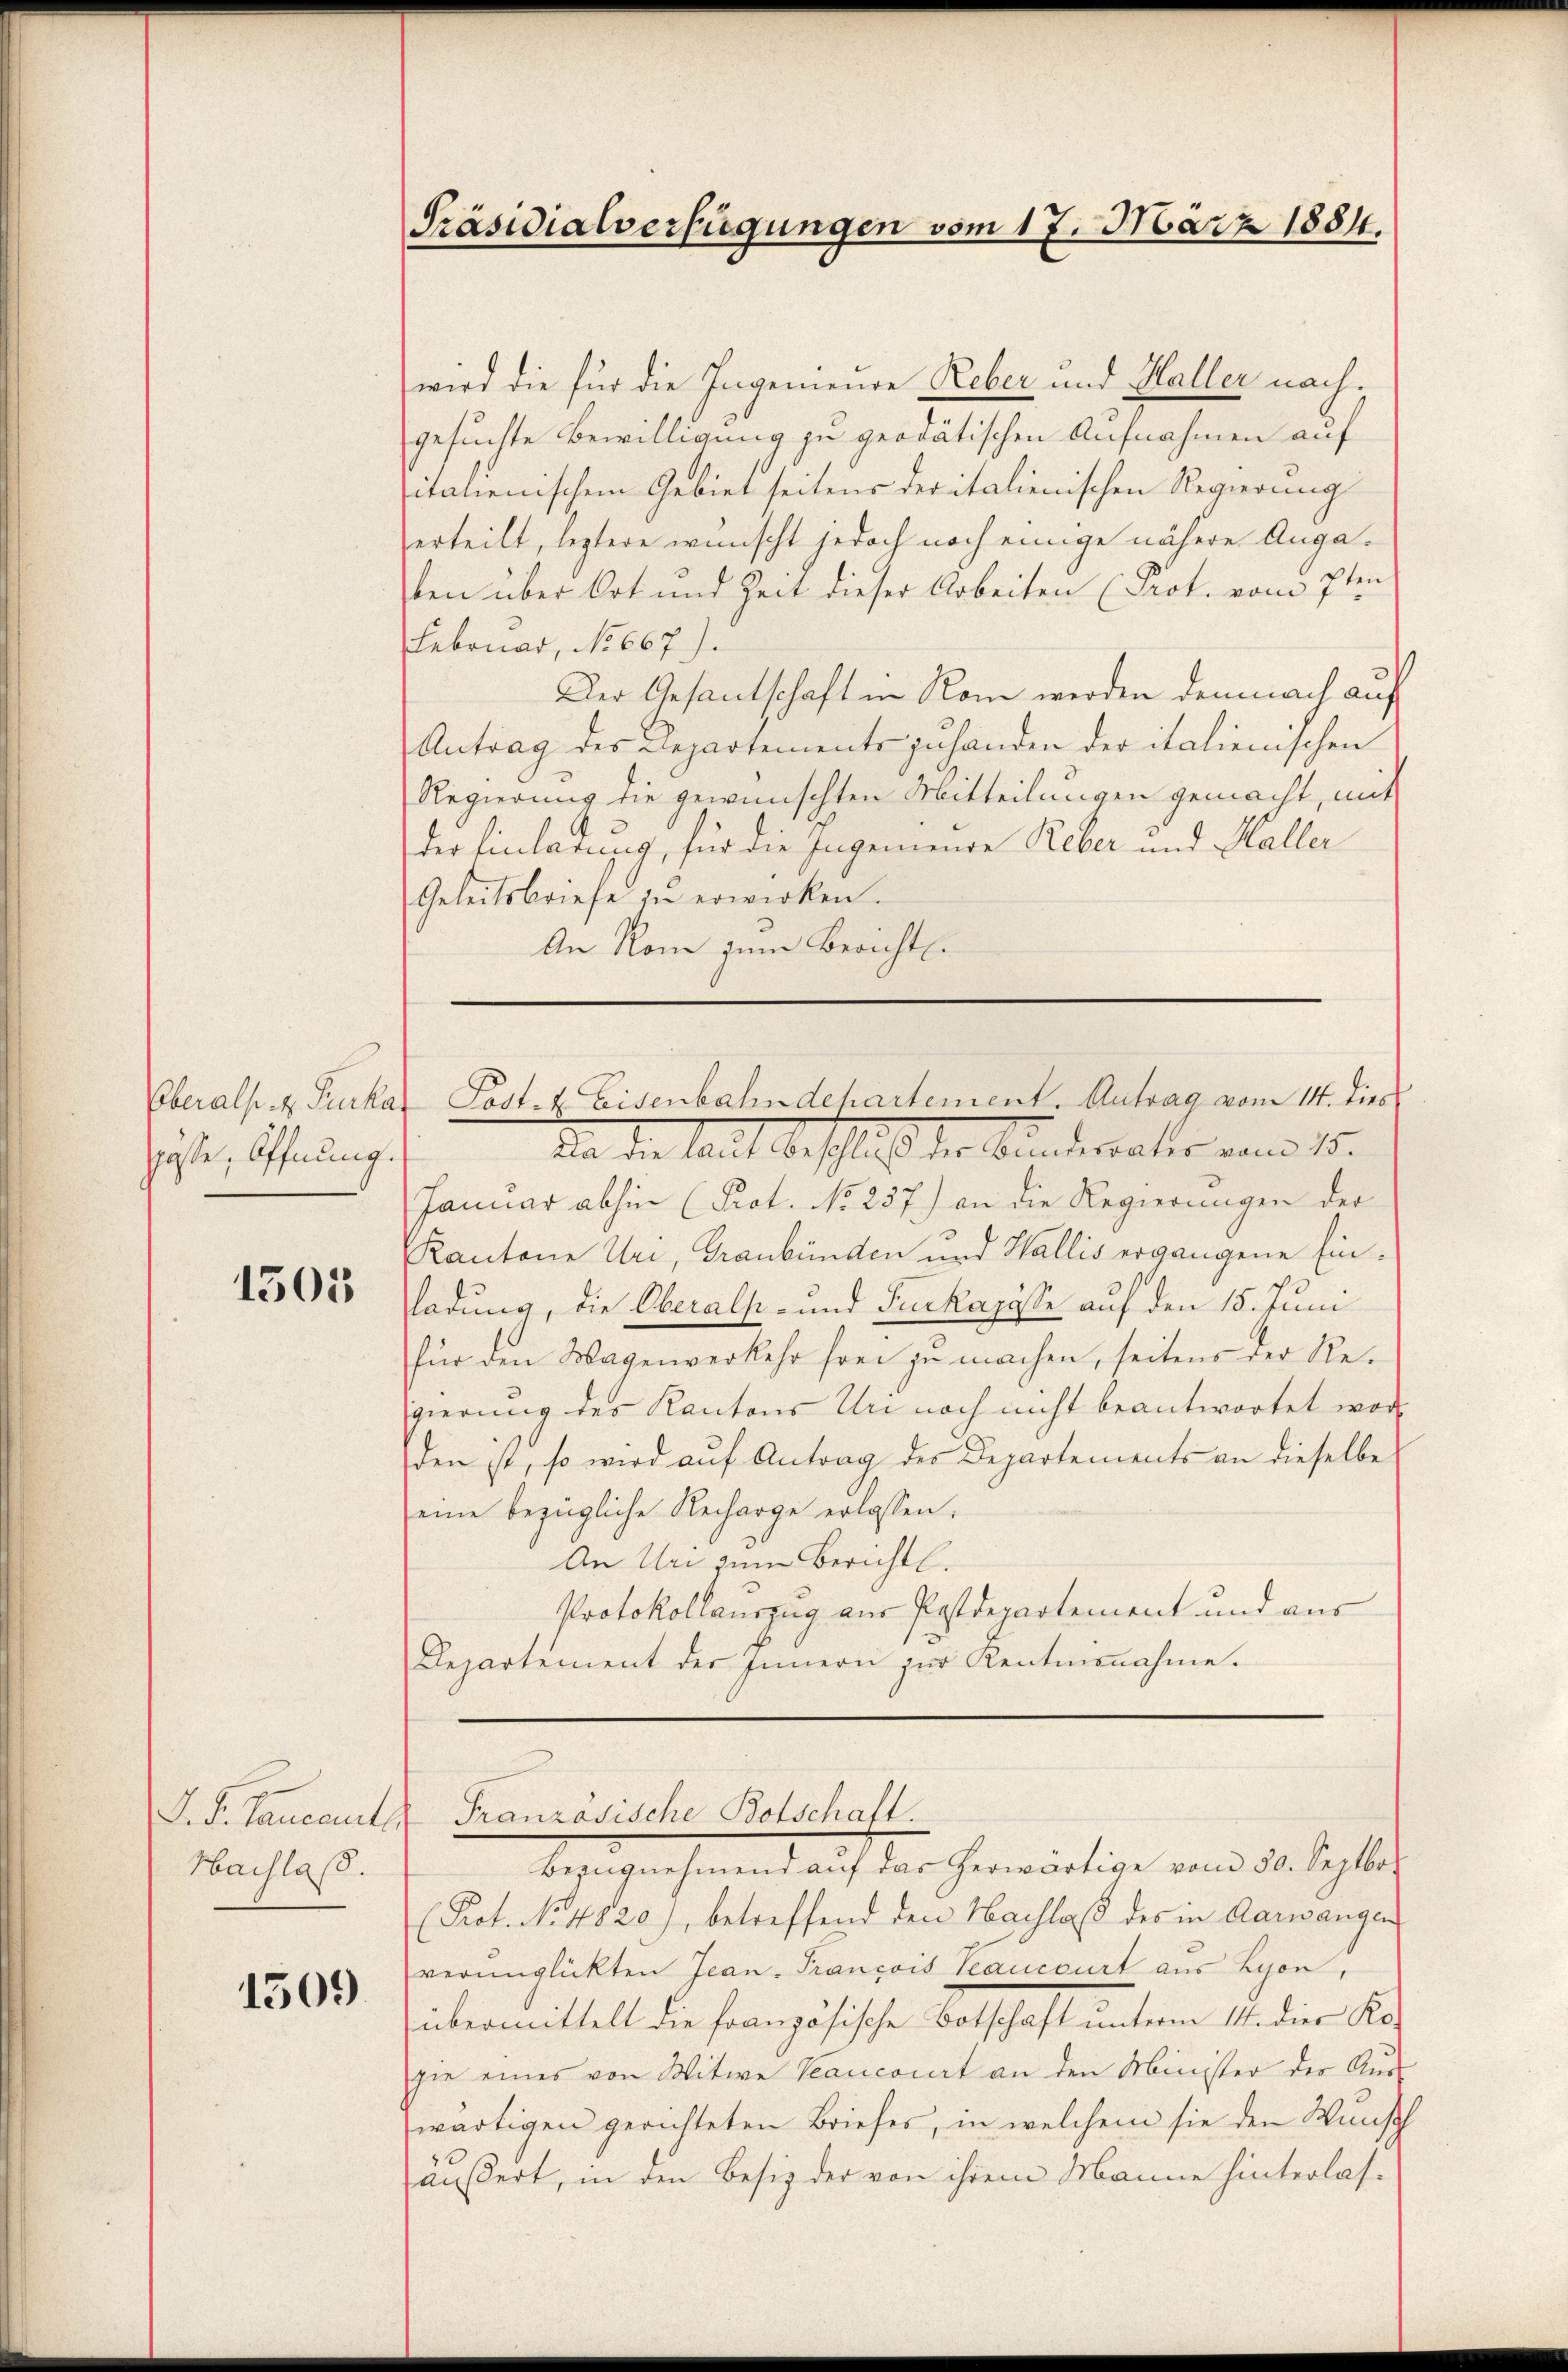
cösse, Öffnung.

1505

D. S. Lancant
Nachlaß.

1509

Präsidialverfügungen vom 17. März 1884.

wird die für die Ingenieure Reber und Haller nach.
gesuchte Bewilligung zu geodätischen Aufnahmen auf
italienischem Gebiet seitens der italienischen Regierung
erteilt, leztere wünscht jedoch noch einige nähere Angaten über Ort und Zeit dieser Arbeiten (Prot. vom 7ten
Februar, No 667).
Der Gesantschaft in Rom werden demnach auf
Antrag des Departements zuhanden der italienischen
Regierung die gewünschten Mitteilungen gemacht, mit
der Einladung, für die Ingeniende Reber und Haller
Geleitsbriefe zŭ erwirken.
An Rom zum Bericht.

Oberals. z. Furkar Post- & Eisenbahndepartement. Antrag vom 14. dies

din die laut beschluß der Bunderates vom 15.
Januar abhin (Prot. No 257.) an die Regierungen der
Kantone Uri, Graubünden und Wallis ergangene Einladung, die Oberals- und Juckapösse auf den 15. Juni
für den Wagenverkehr frei zu machen, seitens der Regierung des Kantons Un noch nicht beantwortet word
den ist, so wird auf Antrag des Departements an dieselbe
eine bezügliche Recharge erlassen.
An Um zum Berichtl.
Protokollauszug aus Postdepartement und aus
Departement der Innern zur Rentmannahme.
Französische Botschaft.
Bezŭgnehmend aŭf das herwärtige vom 30. Septbo-
(Prot. No. 4820), betreffend den Nachlaß des in Aarwangen
verunglückten Jean Francois Teaucourt aus Lyon,
übermittelt die französische Botschaft unterm 14. die Kosie eines von Witwe Sancourt an den Minister der Aus
wärtigen gerichteten Briefes, in welchem sie den Wunsch
äußert, in den Besitz der von ihrem Manne hinterlas¬